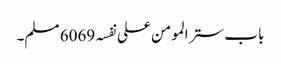
باب ستر المومن علی نفسہ 6069 مسلم۔